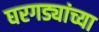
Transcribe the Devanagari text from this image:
घरगड्यांच्या